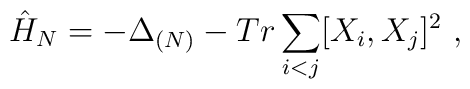
\hat{H}_{N}=-\Delta_{(N)} - Tr \sum_{i<j}[X_{i},X_{j}]^{2}\ ,